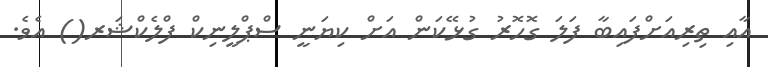
އާއި ތިރިއަށްފައިބާ ފަލަ ގޮހޮރު ގުޅޭކަން އަށް ކިޔަނީ ސްޕްލީނިކް ފްލެކްޝަރ() އެވެ.